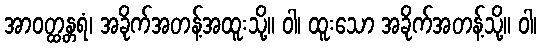
အာဝတ္ထန္တရံ၊ အခိုက်အတန့်အထူးသို့။ ဝါ၊ ထူးသော အခိုက်အတန့်သို့။ ဝါ၊